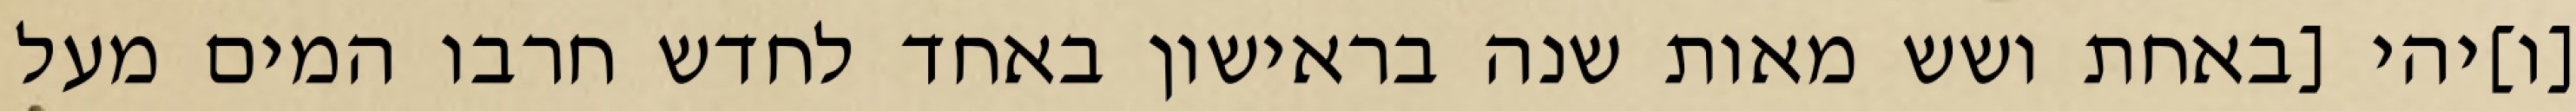
[ו]יהי [באחת ושש מאות שנה בראישון באחד לחדש חרבו המים מעל